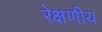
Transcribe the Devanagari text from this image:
रेक्षणीय